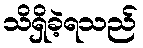
သိရှိခဲ့ရသည်